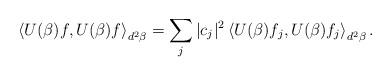
LaTeX: \begin{align*}\left\langle U(\beta)f , U(\beta)f \right\rangle_{ d^2 \beta} = \sum_j |c_j|^2 \left\langle U(\beta)f_j , U(\beta)f_j \right\rangle_{ d^2 \beta} .\end{align*}